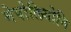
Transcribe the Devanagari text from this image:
नेपोलियोनि